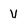
Character: V